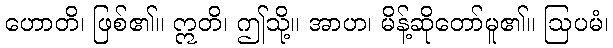
ဟောတိ၊ ဖြစ်၏။ ဣတိ၊ ဤသို့။ အာဟ၊ မိန့်ဆိုတော်မူ၏။ ဩပမံ၊